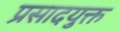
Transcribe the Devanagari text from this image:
प्रसादयुक्त